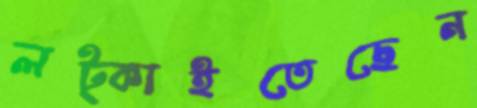
লট্‌কাইতেছেন